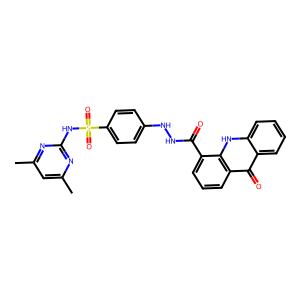
SMILES: Cc1cc(C)nc(NS(=O)(=O)c2ccc(NNC(=O)c3cccc4c(=O)c5ccccc5[nH]c34)cc2)n1
Inhibits HIV replication: No